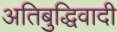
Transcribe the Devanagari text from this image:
अतिबुद्धिवादी